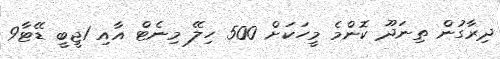
ދިރާގުން ތިނަދޫ ކޮންމެ މީހަކަށް 500 ހިލޭ މިނެޓް އާއި 1ޖީބީ ޑޭޓާ9